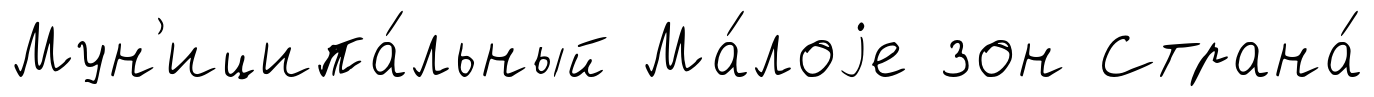
Мун'иципа́льный Ма́лоjе зон Страна́